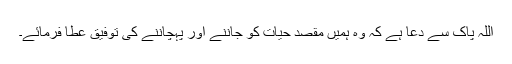
اللہ پاک سے دعا ہے کہ وہ ہمیں مقصدِ حیات کو جاننے اور پہچاننے کی توفیق عطا فرمائے۔